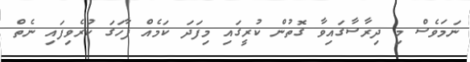
ނަމަވެސް މި ދިރާސާގައިވާ ގޮތުން ކުރީގައި މިފަދަ ކަމެއް ފާހަގަ ކުރެވިފައި ނެތް